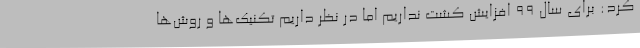
کرد: برای سال 99 افزایش کشت نداریم اما در نظر داریم تکنیک‌ها و روش‌ها